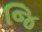
જિ